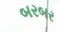
બરબર